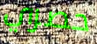
حصري